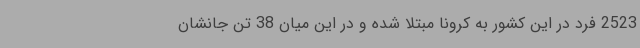
2523 فرد در این کشور به کرونا مبتلا شده‌ و در این میان 38 تن جانشان